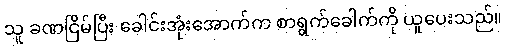
သူ ခဏငြိမ်ပြီး ခေါင်းအုံးအောက်က စာရွက်ခေါက်ကို ယူပေးသည်။